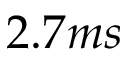
2 . 7 m s